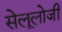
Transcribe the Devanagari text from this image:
सेलूलोजी